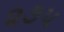
૨૭૫